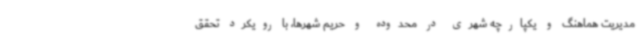
مدیریت هماهنگ و یکپارچه شهری در محدوده و حریم شهرها، با رویکرد تحقق